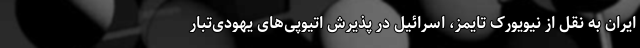
ایران به نقل از نیویورک تایمز، اسرائیل در پذیرش اتیوپی‌های یهودی‌تبار